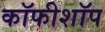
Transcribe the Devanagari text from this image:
कॉफीशॉप